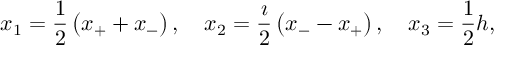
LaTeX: x _ { 1 } = \frac { 1 } { 2 } \left( x _ { + } + x _ { - } \right) , \quad x _ { 2 } = \frac { \imath } { 2 } \left( x _ { - } - x _ { + } \right) , \quad x _ { 3 } = \frac { 1 } { 2 } h ,